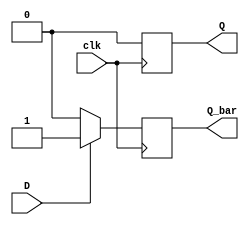
module dff( 
    input clk, 
    input D, 
    output reg Q, 
    output reg Q_bar
);


always @(posedge clk) 
    if (D == 0) begin
        Q <= 1'b0 ;
        Q_bar <= 1'b0;
    end
    else begin
        Q <= 1'b0 ;
        Q_bar <= 1'b1;
    end
    

endmodule